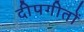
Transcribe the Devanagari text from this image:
दीपगीतों